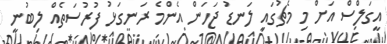
އީގަލްސް އަށް މި މެޗުގައި ލަނޑު ޖަހަން އެންމެ ރަނގަޅު ފުރުސަތެއް ލިބުނީ